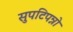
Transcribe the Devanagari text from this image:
सुपटिपन्नो